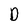
Character: D